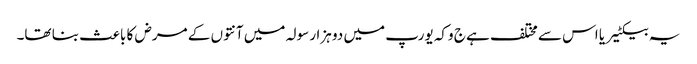
یہ بیکٹیریا اس سے مختلف ہے ج وکہ یورپ میں دو ہزار سولہ میں آنتوں کے مرض کا باعث بنا تھا۔